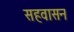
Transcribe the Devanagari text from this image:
सहवासन